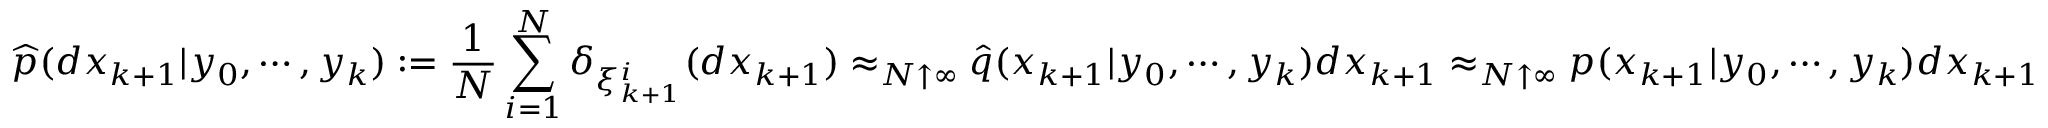
{ \widehat { p } } ( d x _ { k + 1 } | y _ { 0 } , \cdots , y _ { k } ) : = { \frac { 1 } { N } } \sum _ { i = 1 } ^ { N } \delta _ { \xi _ { k + 1 } ^ { i } } ( d x _ { k + 1 } ) \approx _ { N \uparrow \infty } { \widehat { q } } ( x _ { k + 1 } | y _ { 0 } , \cdots , y _ { k } ) d x _ { k + 1 } \approx _ { N \uparrow \infty } p ( x _ { k + 1 } | y _ { 0 } , \cdots , y _ { k } ) d x _ { k + 1 }